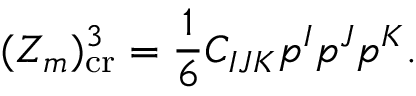
( Z _ { m } ) _ { \mathrm { c r } } ^ { 3 } = { \frac { 1 } { 6 } } C _ { I J K } p ^ { I } p ^ { J } p ^ { K } .